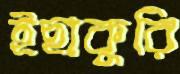
ইছাকুরি